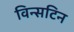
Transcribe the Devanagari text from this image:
विन्सटिन